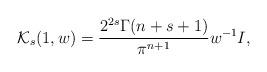
LaTeX: \begin{align*}\mathcal{K}_s(1,w)= \frac{2^{2s} \Gamma(n+s+1)}{\pi^{n+1}} w^{-1} I,\end{align*}